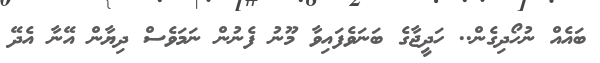
ބައެއް ނުހޯދިގެން.. ހަދީޖާގެ ބަނަވެފައިވާ މޫނު ފެނުން ނަމަވެސް ދިޔާން އޭނާ އެދޭ